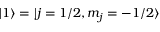
| 1 \rangle = | j = 1 / 2 , m _ { j } = - 1 / 2 \rangle